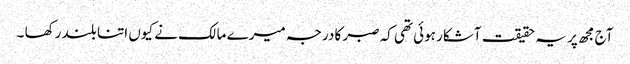
آج مجھ پر یہ حقیقت آشکار ہوئی تھی کہ صبر کا درجہ میرے مالک نے کیوں اتنا بلند رکھا ۔